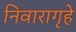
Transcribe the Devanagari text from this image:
निवारागृहे